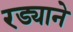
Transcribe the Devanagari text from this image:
रड्याने